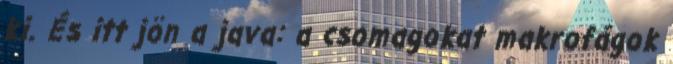
ki. És itt jön a java: a csomagokat makrofágok